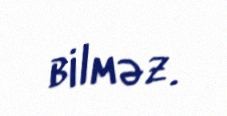
bilməz.